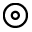
\circledcirc